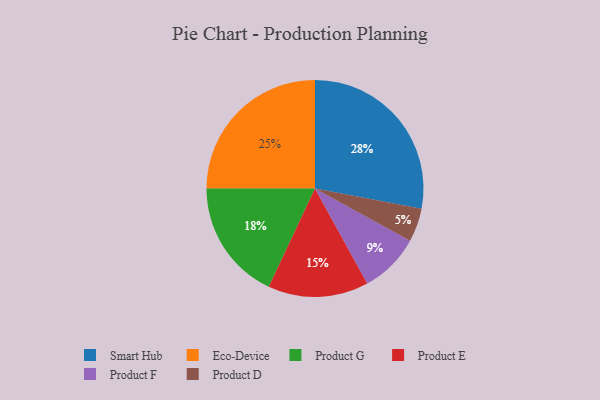
{"axis": {"x": "Category", "y": "Percentage"}, "legend": ["Eco-Device", "Product D", "Product E", "Product F", "Product G", "Smart Hub"], "data": [{"x": "Product G", "y": 18, "type": "Product G"}, {"x": "Smart Hub", "y": 28, "type": "Smart Hub"}, {"x": "Product D", "y": 5, "type": "Product D"}, {"x": "Product E", "y": 15, "type": "Product E"}, {"x": "Eco-Device", "y": 25, "type": "Eco-Device"}, {"x": "Product F", "y": 9, "type": "Product F"}]}